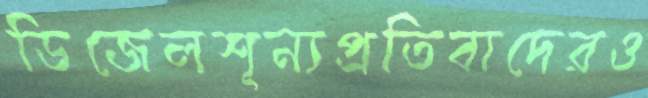
ডিজেলশূন্যপ্রতিবাদেরও